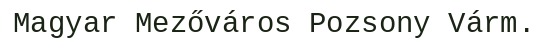
Magyar Mezőváros Pozsony Várm.